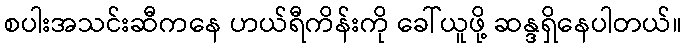
စပါးအသင်းဆီကနေ ဟယ်ရီကိန်းကို ခေါ်ယူဖို့ ဆန္ဒရှိနေပါတယ်။